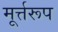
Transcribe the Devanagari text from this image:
मूर्त्तरूप